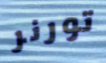
تورنر